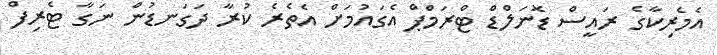
އެމެރިކާގެ ރައީސް ޑޮނަލްޑް ޓްރަމްޕް އެގައުމަށް އެތެރެ ކުރާ ދަގަނޑުން ނަގާ ޓެރިފް